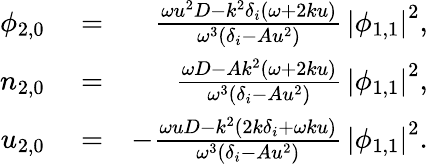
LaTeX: \begin{array}{rlr}{\phi_{2,0}}&{{}=}&{\frac{\omega u^{2}D-k^{2}\delta_{i}(\omega+2ku)}{\omega^{3}(\delta_{i}-Au^{2})}\, \left|\phi_{1,1}\right|^{2},}\\ {n_{2,0}}&{{}=}&{\frac{\omega D-Ak^{2}(\omega+2ku)}{\omega^{3}(\delta_{i}-Au^{2})}\, \left|\phi_{1,1}\right|^{2},}\\ {u_{2,0}}&{{}=}&{-\frac{\omega uD-k^{2}(2k\delta_{i}+\omega ku)}{\omega^{3}(\delta_{i}-Au^{2})}\, \left|\phi_{1,1}\right|^{2}.}\end{array}